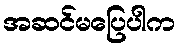
အဆင်မပြေပါက